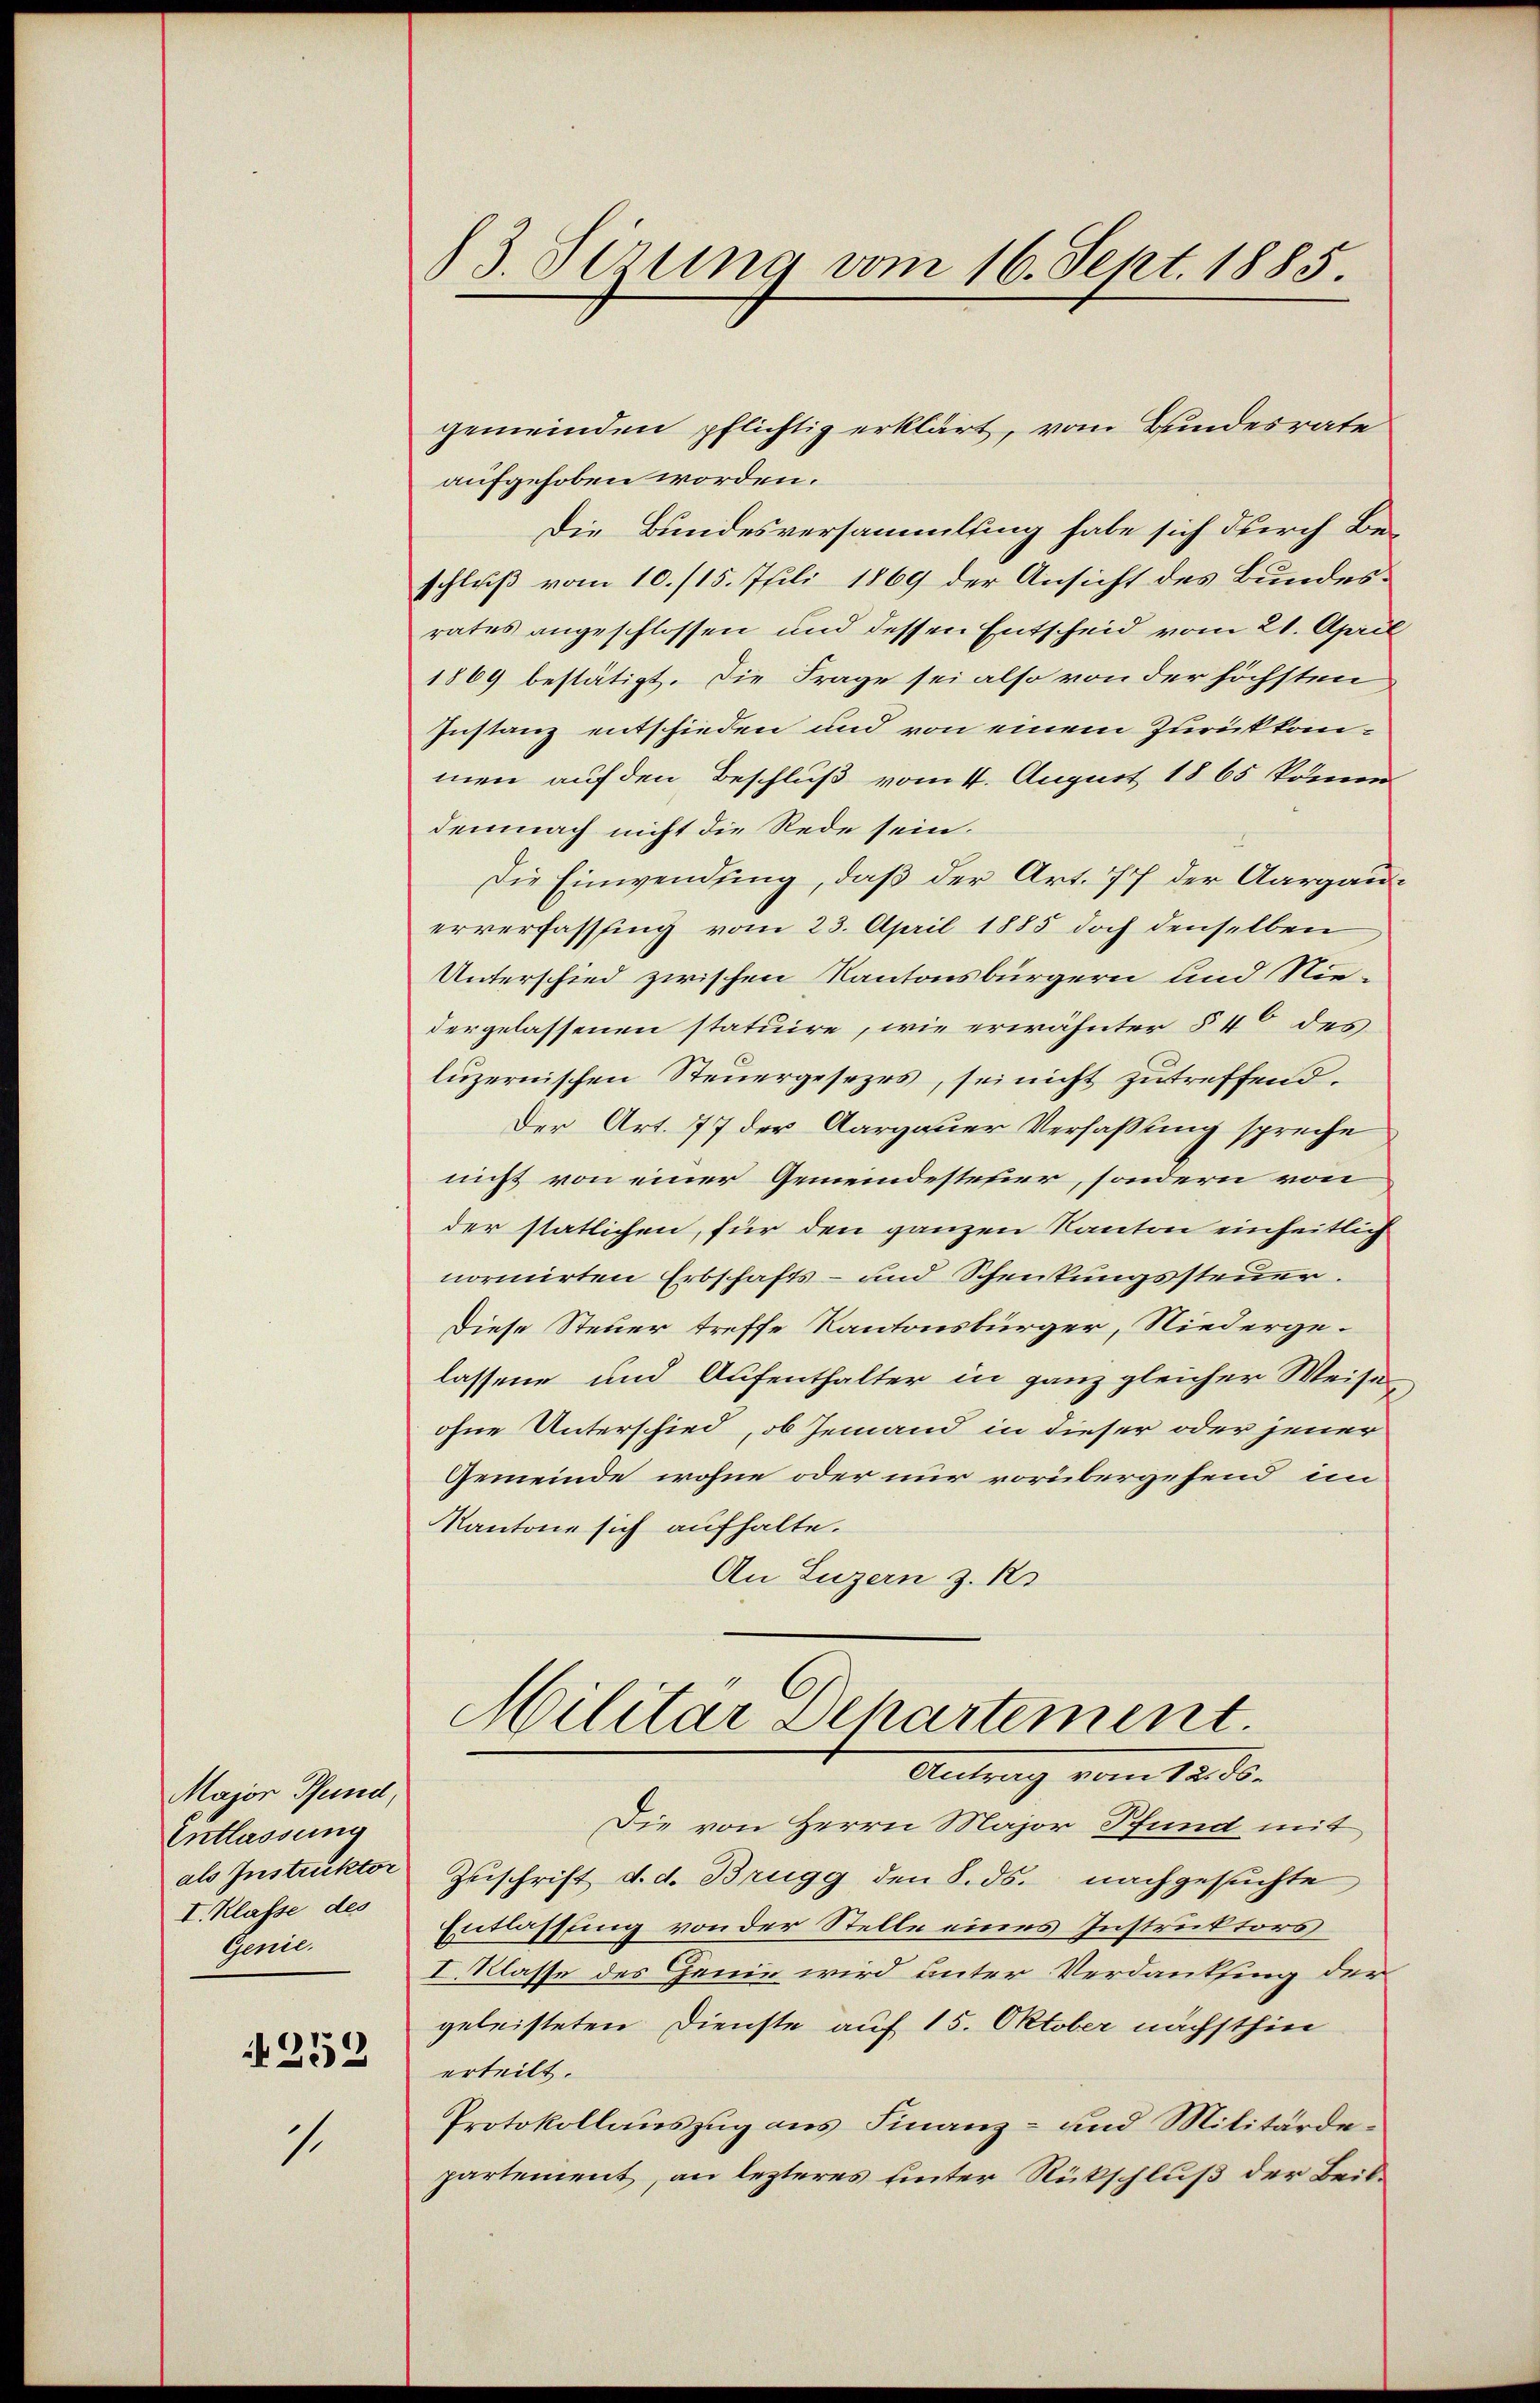
Major Pfund,
Entlassung
als Instruktor
I. Klasse des
Genie.
252

1

13. Sizung vom 16. Sept. 1885.

aufgehoben worden.
Die Bundesversammlung habe sich durch Beschluß vom 10. /15. Juli 1869 der Ansicht des Bundesrates angeschlossen und dessen Entscheid vom 21. April
1869 bestätigt. Die Frage sei also von der höchsten
Instanz entschieden und von einem Zurückkommen auf den Beschluß vom 11. August 1865 könne
demnach nicht die Rede sein.
Die Einwendung, daß der Art. 77 der Aargauerverfasssing vom 23. April 1885 doch denselben
Unterschied zwischen Kantonsbürgern und Niedergelassenen statuire, wie erwähnter § 4 des
luzernischen Steuergesezes, sei nicht zutreffend
Der Art. 77 der Aargauer Verfassung spreche
nicht von einer Gemeindesteuer, sondern von
der statlichen, für den ganzen Kanton einheitlich
normirten Erbschafts- und Schenkungssteuer.
Diese Steuer treffe Kantonsbürger, Niedergelassene und Aufenthalter in ganz gleicher Weise
ohne Unterschied, ob jemand in dieser oder jener
Gemeinde wohne oder nur vorübergehend im
Kantone sich aufhalte.
An Luzern z. B.
Militar Departement
 vom 12. ds.
Die von Herrn Major Pfund mit
Zuschrift d. d. Brugg den 8. ds. nachgesuchte
Entlassung von der Stelle eines Instruktors
I. Klasse des Genie wird unter Verdanksing der
geleisteten Dienste auf 15. Oktober nächsthin
erteilt.
Protokollauszug aus Finanz- und Militärdepartement, an lezteres hinter Rückschluß der Beit¬

gemeinden pflichtig erklärt, vom Bundesrate